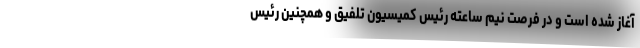
آغاز شده است و در فرصت نیم ساعته رئیس کمیسیون تلفیق و همچنین رئیس